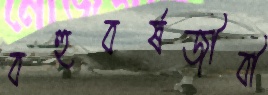
বহুবর্ষজীবী